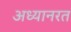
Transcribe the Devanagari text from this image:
अध्यानरत